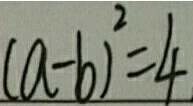
( a - b ) ^ { 2 } = 4